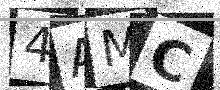
Text: 4AMC